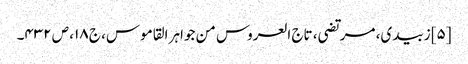
[۵] زبیدی، مرتضی، تاج العروس من جواہر القاموس، ج ۱۸، ص ۴۳۲۔